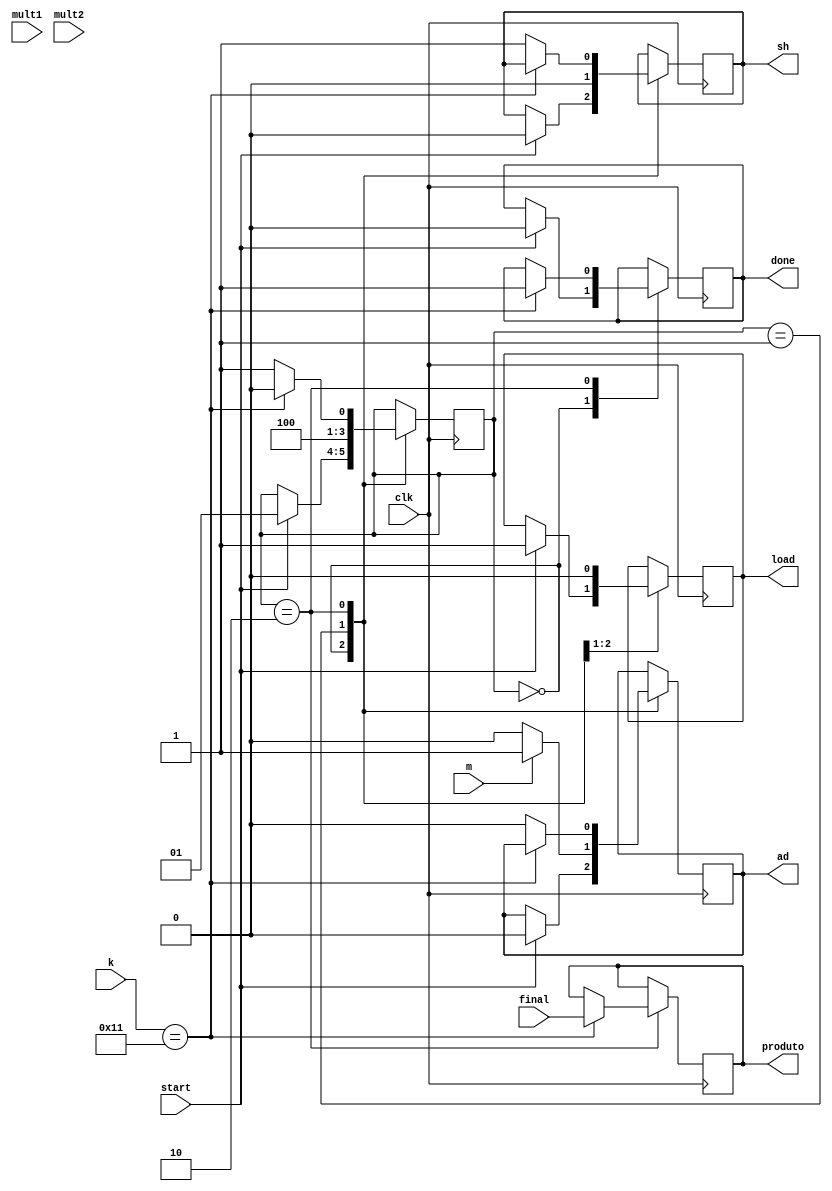
module controller ( m, clk, start, k, final, mult1, mult2,load, sh, ad, produto, done);
	
	input m, clk, start; 
	input [15:0] mult1, mult2;
	input [4:0] k;
	input [31:0] final;
	output reg load, sh, ad;
	reg [15:0] b;
	reg [31:0] a;
	output reg [31:0] produto;
	output reg done;

	reg [1:0] estado = 2'b00;
	
	always @ (posedge clk) begin
		case (estado)
		
		2'b00: begin
			if (start) begin
				a <= {16'b0, mult1};
				b <= mult2;
				load <= 1;
				done <= 0;
				sh <= 0;
				ad <= 0;
				estado <= 2'b01;		
			end			
		end
		
		2'b01: begin
			sh <= 0;
			load <= 0;
			if (m) begin
				ad <= 1;
				estado <= 2'b10;
			end
			if (!m) begin
				ad <= 0;
				estado <= 2'b10;			
			end
		end
		
		2'b10: begin
			if (k == 5'b10001) begin
				produto <= final;
				estado <= 2'b00;
				done <= 1;
			end
			else begin 
				ad <= 0;
				sh <= 1;
				estado <= 2'b01;
			end
		end
	
	endcase
	
end
		

endmodule